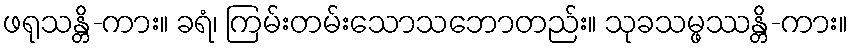
ဖရုသန္တိ-ကား။ ခရံ၊ ကြမ်းတမ်းသောသဘောတည်း။ သုခသမ္ဖဿန္တိ-ကား။